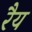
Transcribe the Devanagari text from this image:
रैय